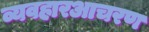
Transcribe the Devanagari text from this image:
व्यवहारआचरण